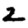
Digit: 2